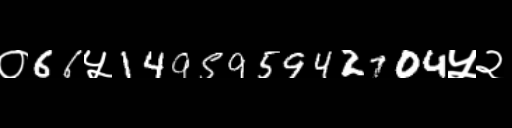
Text: ०66५149595942704५२